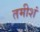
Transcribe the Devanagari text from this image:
तमीशं